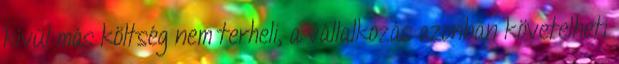
kívül más költség nem terheli, a vállalkozás azonban követelheti